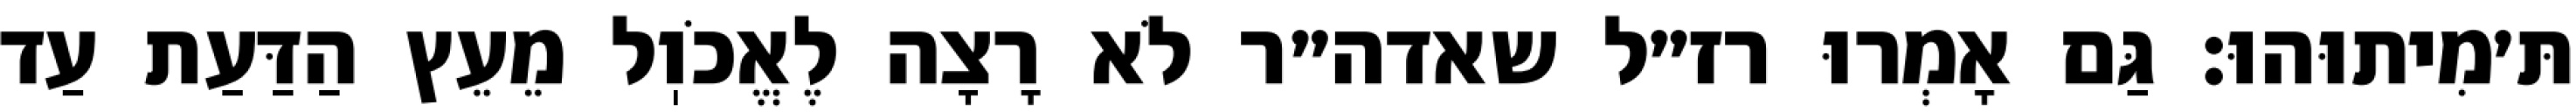
תּ׳מִיתוּהוּ: גַּם אָמְרוּ רז״ל שאדה״ר לֹא רָצָה לֶאֱכֹוֽל מֵעֵץ הַדַּעַת עַד